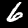
Digit: 6